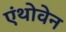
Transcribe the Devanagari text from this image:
एंथोवेन